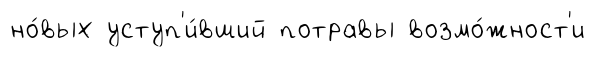
но́вых уступ'и́вший потравы возмо́жност'и